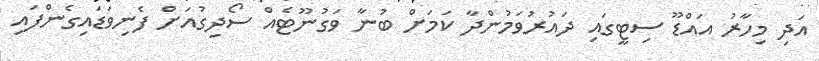
އަދި މިހާރު އައްޑޫ ސިޓީގައި ދައުރުވަމުންދާ ކަމަށް ބުނާ ވަގުނޫޓެއް ސޯދިގުއަށް ފެނިވަޑައިގެންފައި